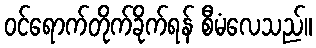
ဝင်ရောက်တိုက်ခိုက်ရန် စီမံလေသည်။